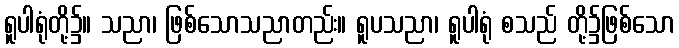
ရူပါရုံတို့၌။ သညာ၊ ဖြစ်သောသညာတည်း။ ရူပသညာ၊ ရူပါရုံ စသည် တို့၌ဖြစ်သော